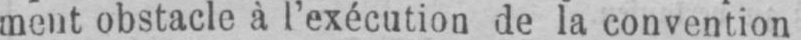
ment obstacle à l’exécution de la convention